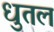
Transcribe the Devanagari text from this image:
धुतलं